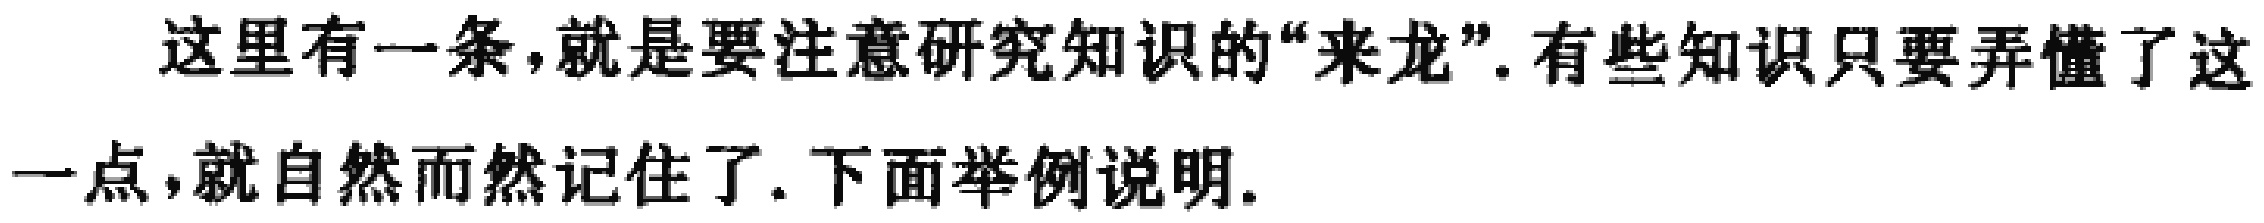
这里有一条,就是要注意研究知识的“来龙”.有些知识只要弄懂了这一点,就自然而然记住了.下面举例说明.